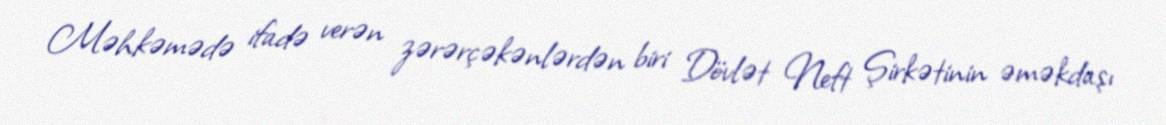
Məhkəmədə ifadə verən zərərçəkənlərdən biri Dövlət Neft Şirkətinin əməkdaşı